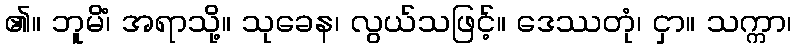
၏။ ဘူမိံ၊ အရာသို့။ သုခေန၊ လွယ်သဖြင့်။ ဒေဿတုံ၊ ငှာ။ သက္ကာ၊